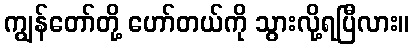
ကျွန်တော်တို့ ဟော်တယ်ကို သွားလို့ရပြီလား။